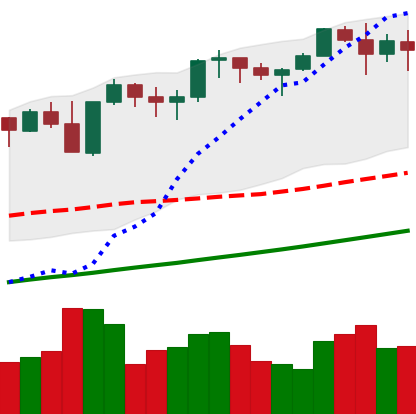
Ticker: ETH-USD
Chart end date: 2021-11-12
Forward return: -8.132%
Label: down_7plus